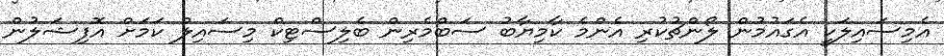
އެމިސައިލަކީ އެގައުމުން ލޯންޗުކުރި އެންމެ ކާމިޔާބު ސަބްމެރިން ބެލިސްޓިކް މިސައިލް ކަމަށް އޮފިޝަލުން